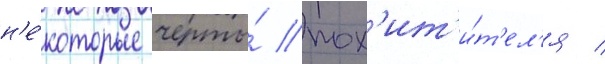
н'е́которые черты́ пох'ит'и́т'ел'я /